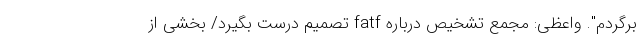
برگردم". واعظی: مجمع تشخیص درباره fatf تصمیم درست بگیرد/ بخشی از